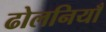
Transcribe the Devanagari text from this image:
ढोलनियाँ